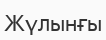
Жүлынғы